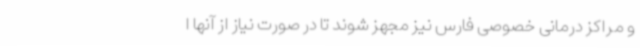
و مراکز درمانی خصوصی فارس نیز مجهز شوند تا در صورت نیاز از آنها ا